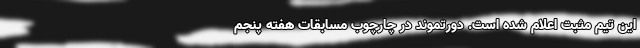
این تیم مثبت اعلام شده است. دورتموند در چارچوب مسابقات هفته پنجم